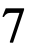
7